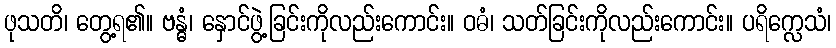
ဖုသတိ၊ တွေ့ရ၏။ ဗန္ဓံ၊ နှောင်ဖွဲ့ခြင်းကိုလည်းကောင်း။ ဝဓံ၊ သတ်ခြင်းကိုလည်းကောင်း။ ပရိက္လေသံ၊